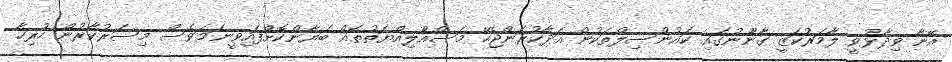
އޭނާ ވިދާޅުވީ ލާމަރުކަޒީ ގާނޫނުގައި ކައުންސިލްތަކުން އަދާކުރަންޖެހޭ މަަސްއޫލިއްޔަތުތައް ބަޔާންކޮށްފައިވީނަމަވެސް މިސަރުކާރުން ހުރިހާ